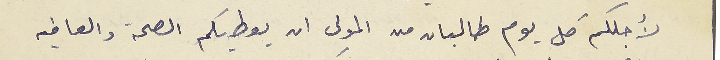
لأجلكم كل يوم طالبان من المولى ان يعطيكم الصحة والعافيه